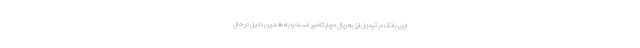
این بانک در تبدیل ارز به ریال دچار تاخیر است و به همین دلیل در حال